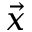
\Vec { x }